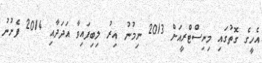
އެހީގެ ގޮތުގައި މިނިސްޓްރީއަށް 2013 ނިމުނު އިރު ލިބިފައިވާ އަދަދާއި 2014 ފެށުނު